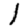
Digit: 1